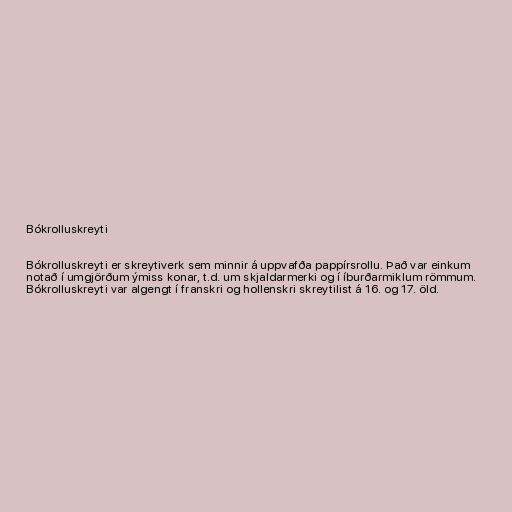
Bókrolluskreyti

Bókrolluskreyti er skreytiverk sem minnir á uppvafða pappírsrollu. Það var einkum
notað í umgjörðum ýmiss konar, t.d. um skjaldarmerki og í íburðarmiklum römmum.
Bókrolluskreyti var algengt í franskri og hollenskri skreytilist á 16. og 17. öld.